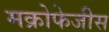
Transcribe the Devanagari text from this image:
मक्रोफेजीस